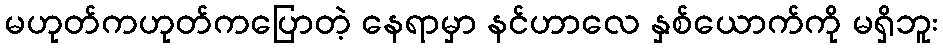
မဟုတ်ကဟုတ်ကပြောတဲ့ နေရာမှာ နင်ဟာလေ နှစ်ယောက်ကို မရှိဘူး